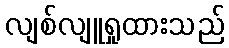
လျစ်လျူရှုထားသည်